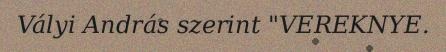
Vályi András szerint "VEREKNYE.